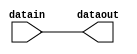
module cycloneiii_routing_wire (
                               datain,
                               dataout
                               );
    // INPUT PORTS
    input datain;
    // OUTPUT PORTS
    output dataout;
    // INTERNAL VARIABLES
    wire dataout_tmp;
    specify
        (datain => dataout) = (0, 0) ;
    endspecify
    assign dataout_tmp = datain;
    and (dataout, dataout_tmp, 1'b1);
endmodule